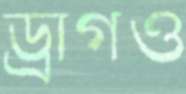
ড্রাগও